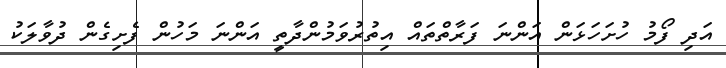
އަދި ފޯމު ހުށަހަޅަން އަންނަ ފަރާތްތައް އިތުރުވަމުންދާތީ އަންނަ މަހުން ފެށިގެން ދުވާލަކު